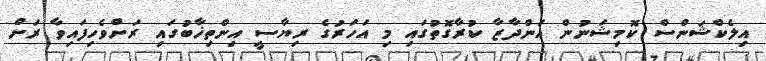
އިލެކްޝަންސް ކޮމިޝަނުން އަންދާޒާ ކުރާގޮތުގައި މި އަހަރުގެ ރިޔާސީ އިންތިޚާބުގައި ރަށްވެހިފައިވާ ރަށް